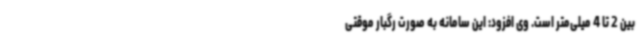
بین 2 تا 4 میلی‌متر است. وی افزود: این سامانه به صورت رگبار موقتی